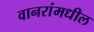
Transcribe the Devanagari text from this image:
वानरांमधील